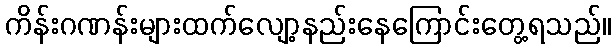
ကိန်းဂဏန်းများထက်လျော့နည်းနေကြောင်းတွေ့ရသည်။